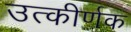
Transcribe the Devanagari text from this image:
उत्कीर्णक